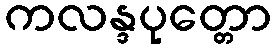
ကလန္ဒပုတ္တော